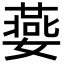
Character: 嬊